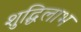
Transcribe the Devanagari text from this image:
शुद्धिलाभ